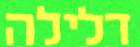
דלילה